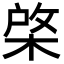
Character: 棨